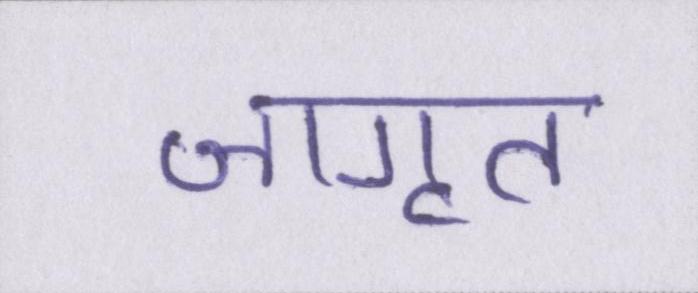
जागृत